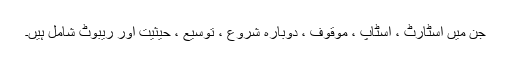
جن میں اسٹارٹ ، اسٹاپ ، موقوف ، دوبارہ شروع ، توسیع ، حیثیت اور ریبوٹ شامل ہیں۔